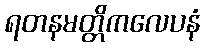
ရတနမတ္တိကလေပနံ